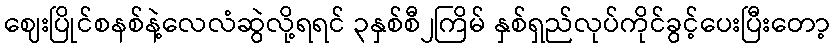
ဈေးပြိုင်စနစ်နဲ့လေလံဆွဲလို့ရရင် ၃နှစ်စီ၂ကြိမ် နှစ်ရှည်လုပ်ကိုင်ခွင့်ပေးပြီးတော့